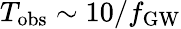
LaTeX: T_{\mathrm{obs}}\sim 10/f_{\mathrm{GW}}